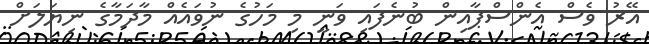
އޭރު ވެސް އެންސްޕާއިން ބުނެފައި ވަނީ މި މަހުގެ ނުވައެއް މާދަމާގެ ނިޔަލަށް